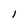
Character: I